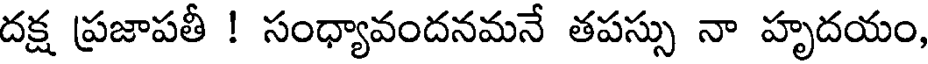
దక్ష ప్రజాపతీ ! సంధ్యావందనమనే తపస్సు నా హృదయం,